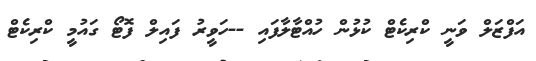
އަފްޒަލް ވަނީ ކްރިކެޓް ކުޅުން ހުއްޓާލާފައި --ހަވީރު ފައިލް ފޮޓޯ ގައުމީ ކްރިކެޓް